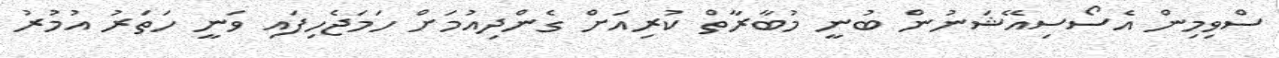
ސްވިމިން އެސޯސިއޭޝަނުން ބުނީ މުބާރާތް ކުރިއަށް ގެންދިއުމަށް ހަމަޖެހިފައި ވަނީ ހަތަރު އުމުރު